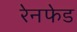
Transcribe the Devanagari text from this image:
रेनफेड